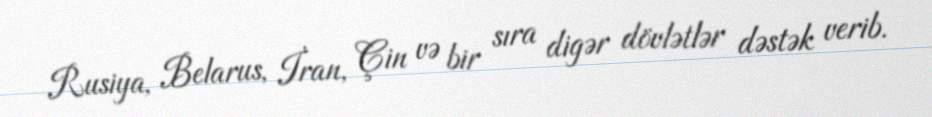
Rusiya, Belarus, İran, Çin və bir sıra digər dövlətlər dəstək verib.